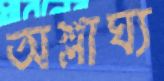
অশ্লাঘ্য